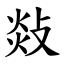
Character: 敥